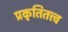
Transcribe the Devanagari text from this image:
प्रकृतितत्त्व